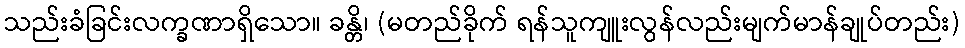
သည်းခံခြင်းလက္ခဏာရှိသော။ ခန္တိ၊ (မတည်ခိုက် ရန်သူကျူးလွန်လည်းမျက်မာန်ချုပ်တည်း)